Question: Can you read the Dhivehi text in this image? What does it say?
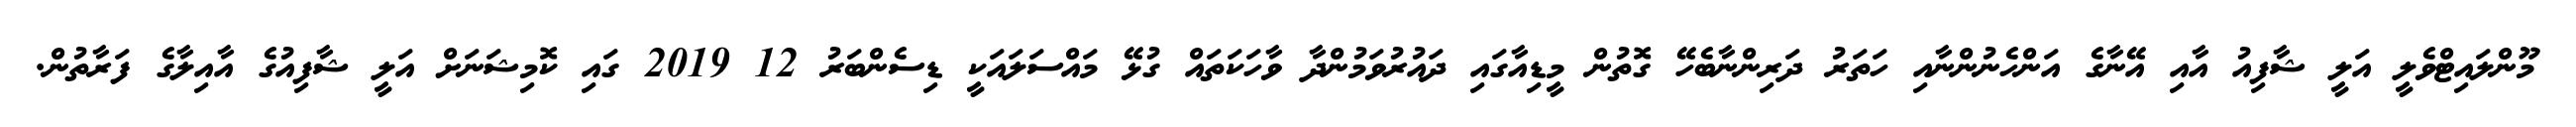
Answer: މޫންލައިޓްވެލީ އަލީ ޝާފިއު އާއި އޭނާގެ އަންހެނުންނާއި ހަތަރު ދަރިންނާބެހޭ ގޮތުން މީޑިއާގައި ދައުރުވަމުންދާ ވާހަކަތައް ގުޅޭ މައްސަލައަކީ ޑިސެންބަރު 12 2019 ގައި ކޮމިޝަނަށް އަލީ ޝާފިއުގެ އާއިލާގެ ފަރާތުން.